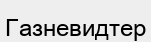
Газневидтер